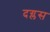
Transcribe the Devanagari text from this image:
दग्लस